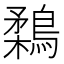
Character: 鶔